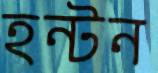
হন্টন